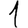
Digit: 1